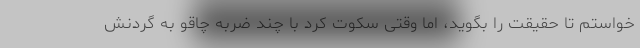
خواستم تا حقیقت را بگوید، اما وقتی سکوت کرد با چند ضربه چاقو به گردنش